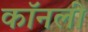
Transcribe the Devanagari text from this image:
कॉनली